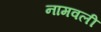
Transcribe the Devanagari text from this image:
नामवली